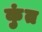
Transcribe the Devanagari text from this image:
कुंत